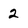
Character: 2